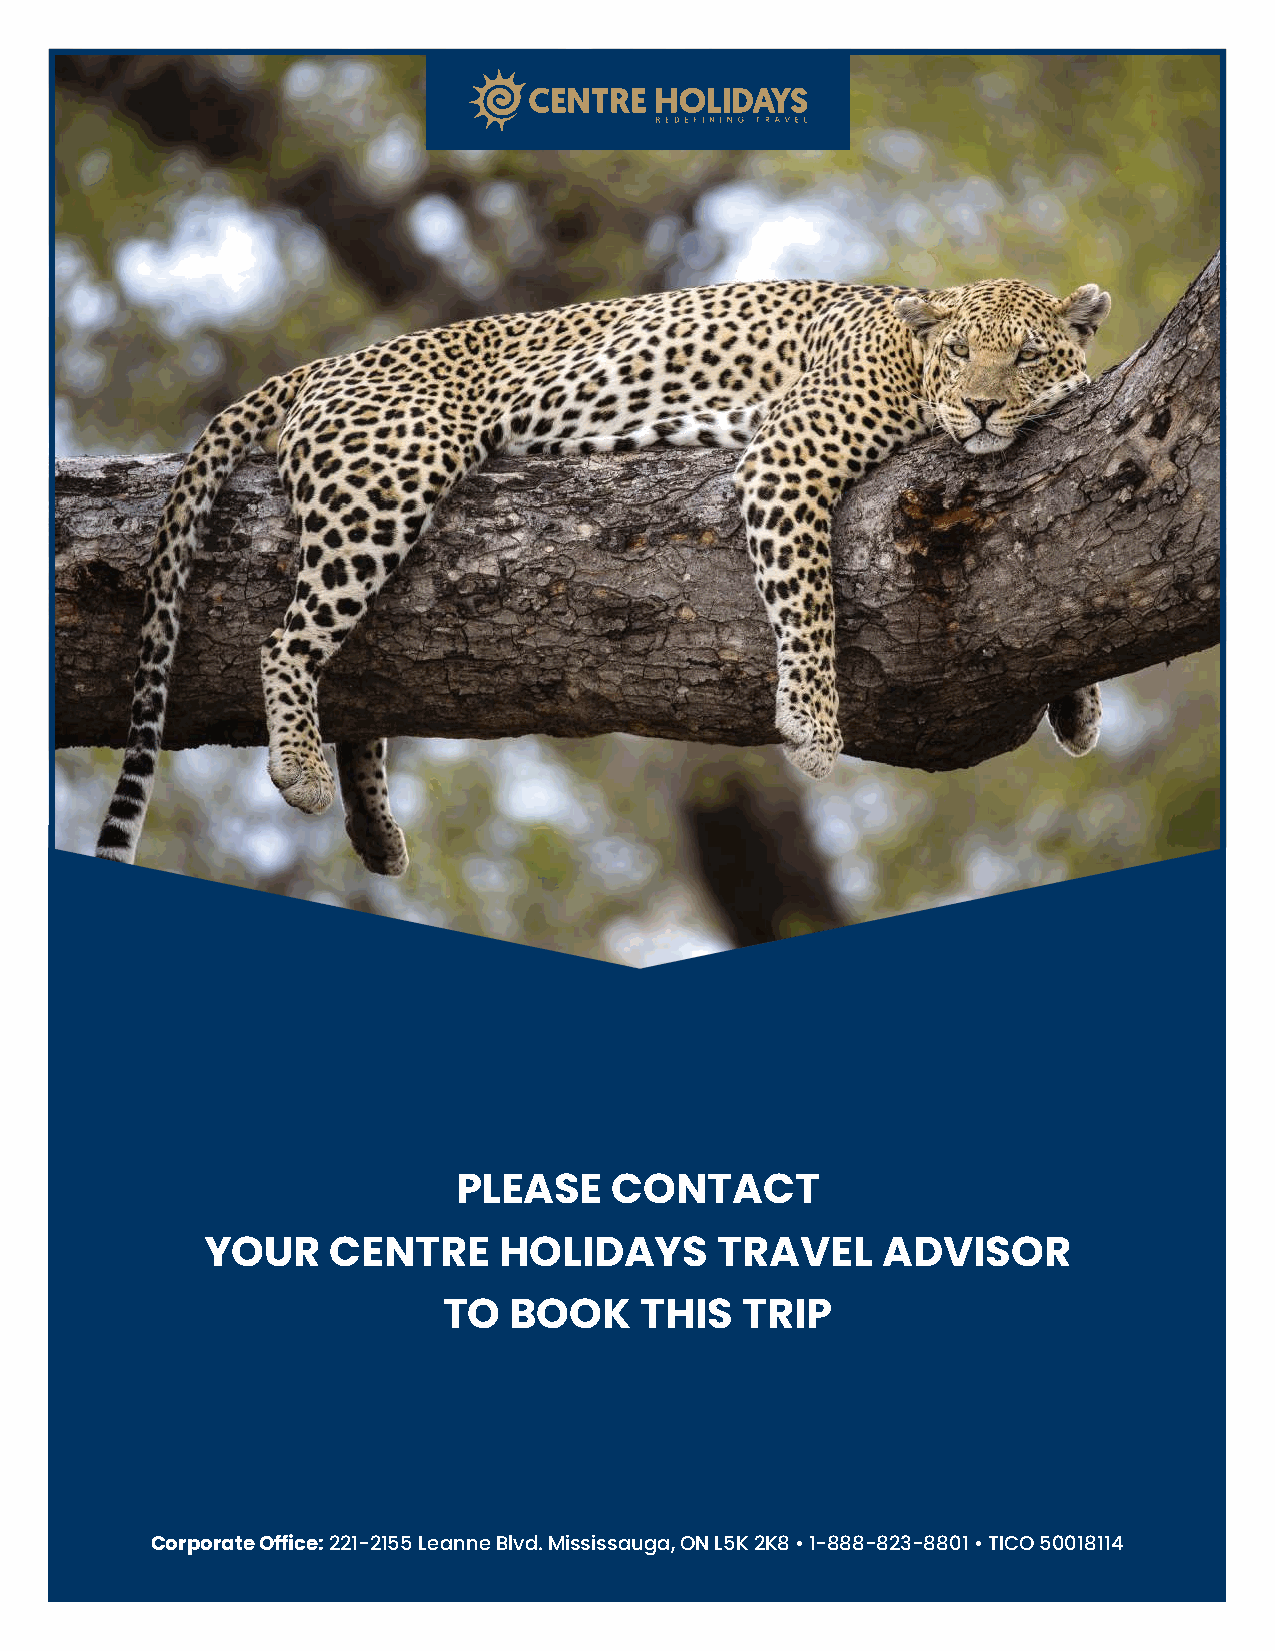
PLEASE     CONTACT
 YOUR    CENTRE     HOLIDAYS       TRAVEL    ADVISOR
 TO   BOOK    THIS   TRIP
 Corporate Office: 221-2155 Leanne Blvd. Mississauga, ON L5K 2K8 • 1-888-823-8801 • TICO 50018114